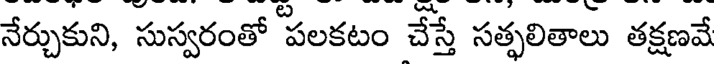
నేర్చుకుని, సుస్వరంతో పలకటం చేస్తే సత్ఫలితాలు తక్షణవే